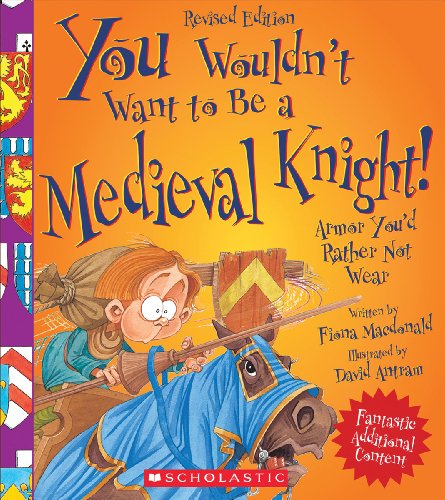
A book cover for You Wouldn't Want to Be a Medieval Knight! (Revised Edition); Fiona MacDonald; Children's Books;